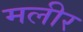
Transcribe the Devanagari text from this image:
मलीर